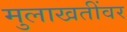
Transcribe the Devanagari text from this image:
मुलाखतींवर